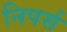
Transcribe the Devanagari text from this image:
निपर्स